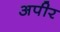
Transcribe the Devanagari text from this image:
अपीर